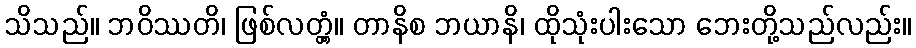
သိသည်။ ဘဝိဿတိ၊ ဖြစ်လတ္တံ့။ တာနိစ ဘယာနိ၊ ထိုသုံးပါးသော ဘေးတို့သည်လည်း။